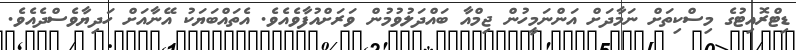
ޑިޓްރޮއިޓުގެ މިސްކިތަށް ނަމާދަށް އަންނަމީހުން ޖިމްއާ ބައްދަލުވުމުން ވަރަށްއުފާވެއެވެ. އެތައްބަޔަކު އޭނާއަށް ހަދިޔާވެސްދެއެވެ.